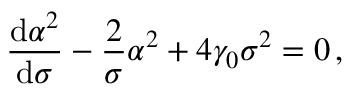
\frac { { \mathrm { d } } \alpha ^ { 2 } } { { \mathrm { d } } \sigma } - \frac { 2 } { \sigma } \alpha ^ { 2 } + 4 \gamma _ { 0 } \sigma ^ { 2 } = 0 \, ,